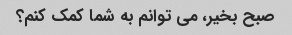
صبح بخیر، می توانم به شما کمک کنم؟